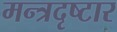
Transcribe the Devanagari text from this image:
मन्त्रदृष्टार